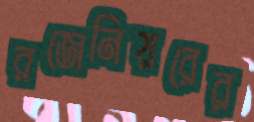
রজেনিয়রের